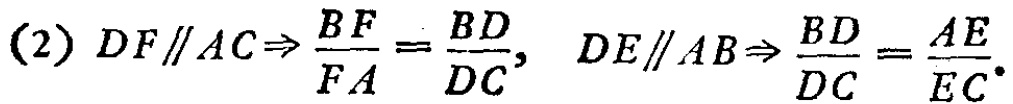
17·9. 在任意\(n\)个自然数中，总可以找到若干个数，使这些 数的和为\(n\)的倍数。